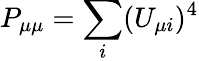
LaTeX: P_{\mu\mu}=\sum_{i}(U_{\mu i})^{4}